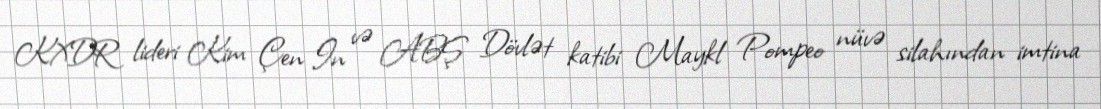
KXDR lideri Kim Çen In və ABŞ Dövlət katibi Maykl Pompeo nüvə silahından imtina